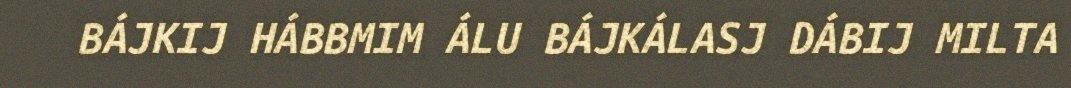
BÁJKIJ HÁBBMIM ÁLU BÁJKÁLASJ DÁBIJ MILTA